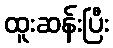
ထူးဆန်းပြီး